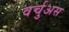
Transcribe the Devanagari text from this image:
वर्चुअस